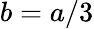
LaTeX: b=a/3